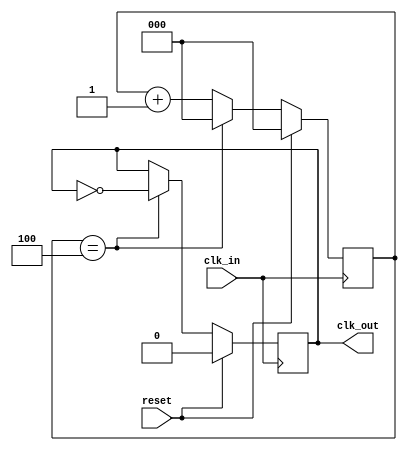
// Created by Kirk Weedman KD7IRS - Feb 15, 2009
//
// This is a parameterized module
//
// clk_in is divided by CLK_DIV to create clk_out.

`timescale 1 ns/100 ps

module clk_div (reset, clk_in, clk_out);
input  wire reset;
input  wire clk_in;
output reg  clk_out;

parameter CLK_DIV   = 10;          // clk_out = clk_in/CLK_DIV
parameter TPD = 1;
localparam SZ = clogb2 ((CLK_DIV/2)-1); // 0 to ((CLK_DIV/2)-1)

reg  [SZ-1:0] cnt;

always @ (posedge clk_in)
begin
  if (reset)
    clk_out  <= #TPD 1'b0;
  else if (cnt == ((CLK_DIV/2)-1))
    clk_out  <= #TPD ~clk_out;

  if (reset)
    cnt <= #TPD 0;
  else if (cnt == ((CLK_DIV/2)-1))
    cnt <= #TPD 1'b0;
  else
    cnt <= #TPD cnt + 1'b1;
end

function integer clogb2;
input [31:0] depth;
begin
  for(clogb2=0; depth>0; clogb2=clogb2+1)
  depth = depth >> 1;
end
endfunction

endmodule